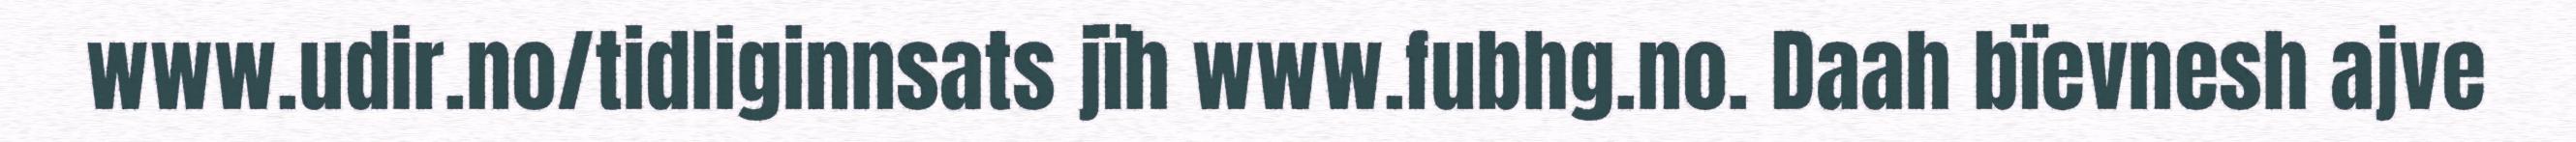
www.udir.no/tidliginnsats jïh www.fubhg.no. Daah bïevnesh ajve